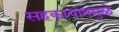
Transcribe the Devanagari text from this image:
सहकायाषमुळे